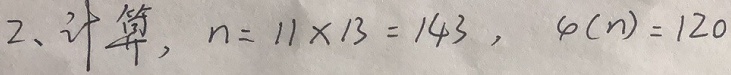
2、计算，\(n = 11\times13 = 143\)，\(\varphi(n)=120\)